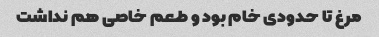
مرغ تا حدودی خام بود و طعم خاصی هم نداشت